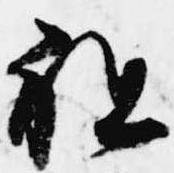
程